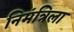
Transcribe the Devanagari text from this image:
निमंत्रिला